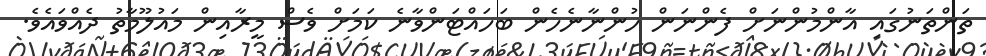
ތަންތަނުގައި އާންމުންނަށް ފެންނަން ހުންނާނެހެން ބަހައްޓަންވާނެ ކަމަށް ވެސް މީރާއިން މައުލޫމާތު ދެއްވައެވެ.